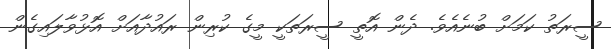
ސީރަތު ކަމަށް ބުނެއެވެ. ދެން އޮތީ ސީރަތަކީ މީގެ ކުރިން ރައުދާއަށް އޮޅުވާލައިގެން